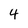
Character: 4